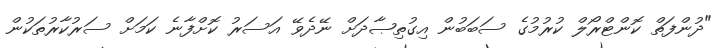
"ދުންފަތް ކޮންޓްރޯލް ކުރުމުގެ ސަބަބުން އިގުތިޞާދަށް ނޭދެވޭ އަސަރު ކޮށްފާނެ ކަމަށް ސަރުކާރުތަކުން